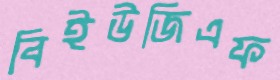
বিইউজিএফ